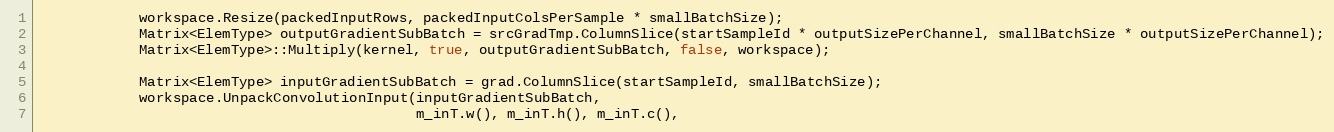
Language: C++
            workspace.Resize(packedInputRows, packedInputColsPerSample * smallBatchSize);
            Matrix<ElemType> outputGradientSubBatch = srcGradTmp.ColumnSlice(startSampleId * outputSizePerChannel, smallBatchSize * outputSizePerChannel);
            Matrix<ElemType>::Multiply(kernel, true, outputGradientSubBatch, false, workspace);

            Matrix<ElemType> inputGradientSubBatch = grad.ColumnSlice(startSampleId, smallBatchSize);
            workspace.UnpackConvolutionInput(inputGradientSubBatch,
                                             m_inT.w(), m_inT.h(), m_inT.c(),